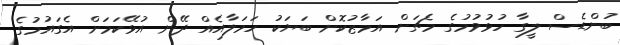
ބުންޑެސް ލީގާ ހުޅުވުމުގެ މެޗަށް އަމާޒުކޮށް ބަޔަކު ހަމަލާއެއް ދޭން އުޅޭކަމަށް އެގައުމުގެ